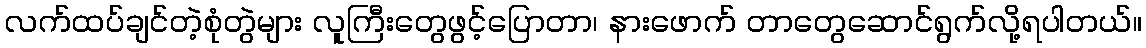
လက်ထပ်ချင်တဲ့စုံတွဲများ လူကြီးတွေဖွင့်ပြောတာ၊ နားဖောက် တာတွေဆောင်ရွက်လို့ရပါတယ်။